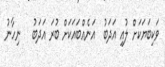
ވަކިބަޔަކަށް ލުއި އަދަބު  އަނެއްބައަކަށް ބުރަ އަދަބު   ނިހާނު